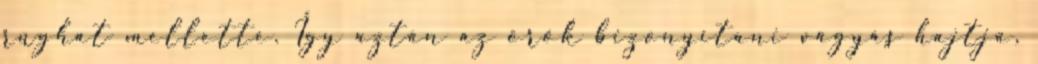
rúghat mellette. Így aztán az örök bizonyítani vágyás hajtja,